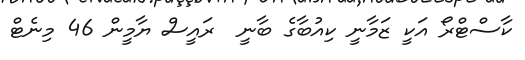
ކާސްޓްރޯ އަކީ ޒަމާނީ ކިއުބާގެ ބާނީ  ރައީސް ޔާމީން 46 މިނެޓް